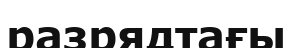
разрядтағы